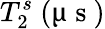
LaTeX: T_{2}^{s}~(\upmu\mathrm{~s~})